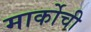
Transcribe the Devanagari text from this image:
मार्कोची